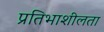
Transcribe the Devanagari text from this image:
प्रतिभाशीलता